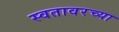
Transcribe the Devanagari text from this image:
स्वतावरच्या